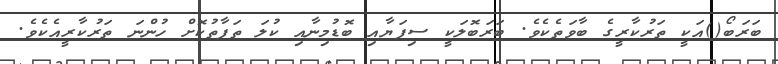
ބަރަބޯ()އަކީ ތަރުކާރީގެ ބާވަތެކެވެ. ބަރަބޮލަކީ ސިފަޔާއި ބޮޑުމިނާއި ކުލަ ތަފާތުކޮށް ހުންނަ ތަރުކާރީއެކެވެ.